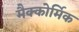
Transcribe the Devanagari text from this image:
मैक्कोर्मिक